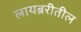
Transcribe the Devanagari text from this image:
लायब्ररीतील